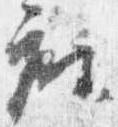
座